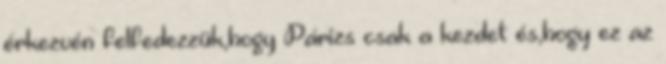
érkezvén felfedezzük,hogy Párizs csak a kezdet és,hogy ez az